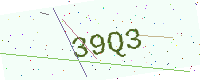
Text: 39Q3